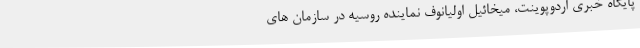
پایگاه خبری اردوپوینت، میخائیل اولیانوف نماینده روسیه در سازمان های